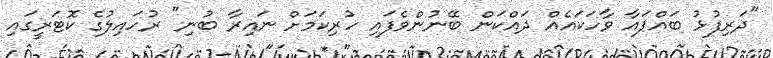
"ދަރިފުޅު ބައްޕައާ ވާހަކައެއް ދައްކަން ބޭނުންވެފައި ހުރިކަމަށް ނައިރާ ބުނި" ރުހައިލުގެ ކޮޓަރީގައި